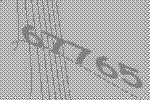
67765